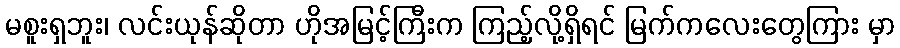
မစူးရှဘူး၊ လင်းယုန်ဆိုတာ ဟိုအမြင့်ကြီးက ကြည့်လို့ရှိရင် မြက်ကလေးတွေကြား မှာ